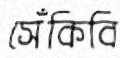
সেঁকিবি